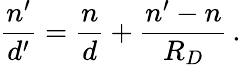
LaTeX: {\frac{n^{\prime}}{d^{\prime}}}={\frac{n}{d}}+{\frac{n^{\prime}-n}{R_{D}}}\, .